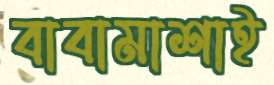
বাবামাশাই